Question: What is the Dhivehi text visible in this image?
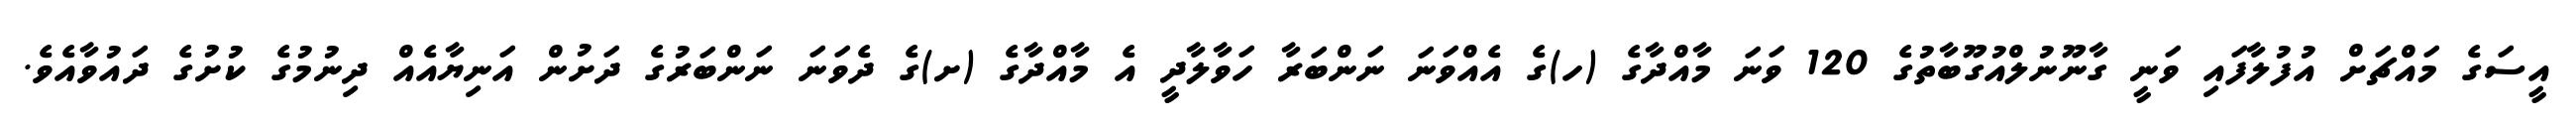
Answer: އީސަގެ މައްޗަށް އުފުލާފައި ވަނީ ގާނޫނުލްއުގޫބާތުގެ 120 ވަނަ މާއްދާގެ (ހ)ގެ އެއްވަނަ ނަންބަރާ ހަވާލާދީ އެ މާއްދާގެ (ށ)ގެ ދެވަނަ ނަންބަރުގެ ދަށުން އަނިޔާއެއް ދިނުމުގެ ކުށުގެ ދައުވާއެވެ.